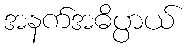
အနက်အဓိပ္ပာယ်